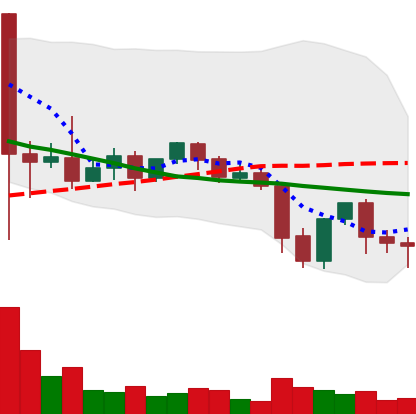
Ticker: XLM-USD
Chart end date: 2021-09-26
Forward return: 8.772%
Label: up_7plus